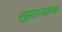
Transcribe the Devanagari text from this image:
लुटलाय